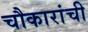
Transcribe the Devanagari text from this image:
चौकारांची